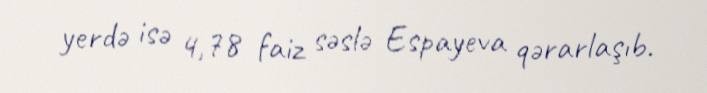
yerdə isə 4,78 faiz səslə Espayeva qərarlaşıb.